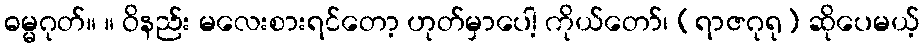
ဓမ္မဂုတ်။ ။ ဝိနည်း မလေးစားရင်တော့ ဟုတ်မှာပေါ့ ကိုယ်တော်၊ (ရာဇဂုရု) ဆိုပေမယ့်